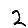
Digit: 2